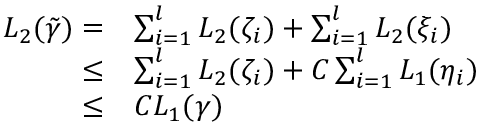
\begin{array} { r l } { L _ { 2 } ( \Tilde { \gamma } ) = } & { \sum _ { i = 1 } ^ { l } L _ { 2 } ( \zeta _ { i } ) + \sum _ { i = 1 } ^ { l } L _ { 2 } ( \xi _ { i } ) } \\ { \le } & { \sum _ { i = 1 } ^ { l } L _ { 2 } ( \zeta _ { i } ) + C \sum _ { i = 1 } ^ { l } L _ { 1 } ( \eta _ { i } ) } \\ { \le } & { C L _ { 1 } ( \gamma ) } \end{array}